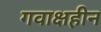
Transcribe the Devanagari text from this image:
गवाक्षहीन